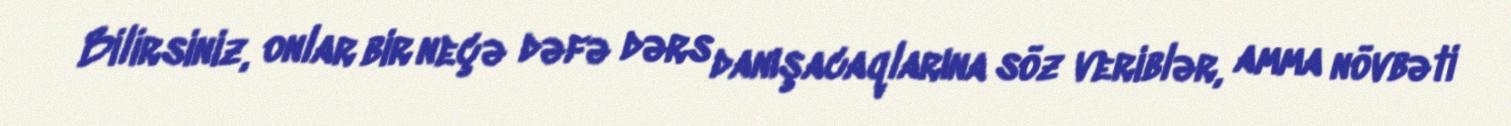
Bilirsiniz, onlar bir neçə dəfə dərs danışacaqlarına söz veriblər, amma növbəti